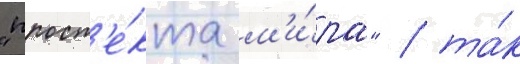
"просп'е́кта м'и́ра" / та́к